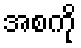
အစကို